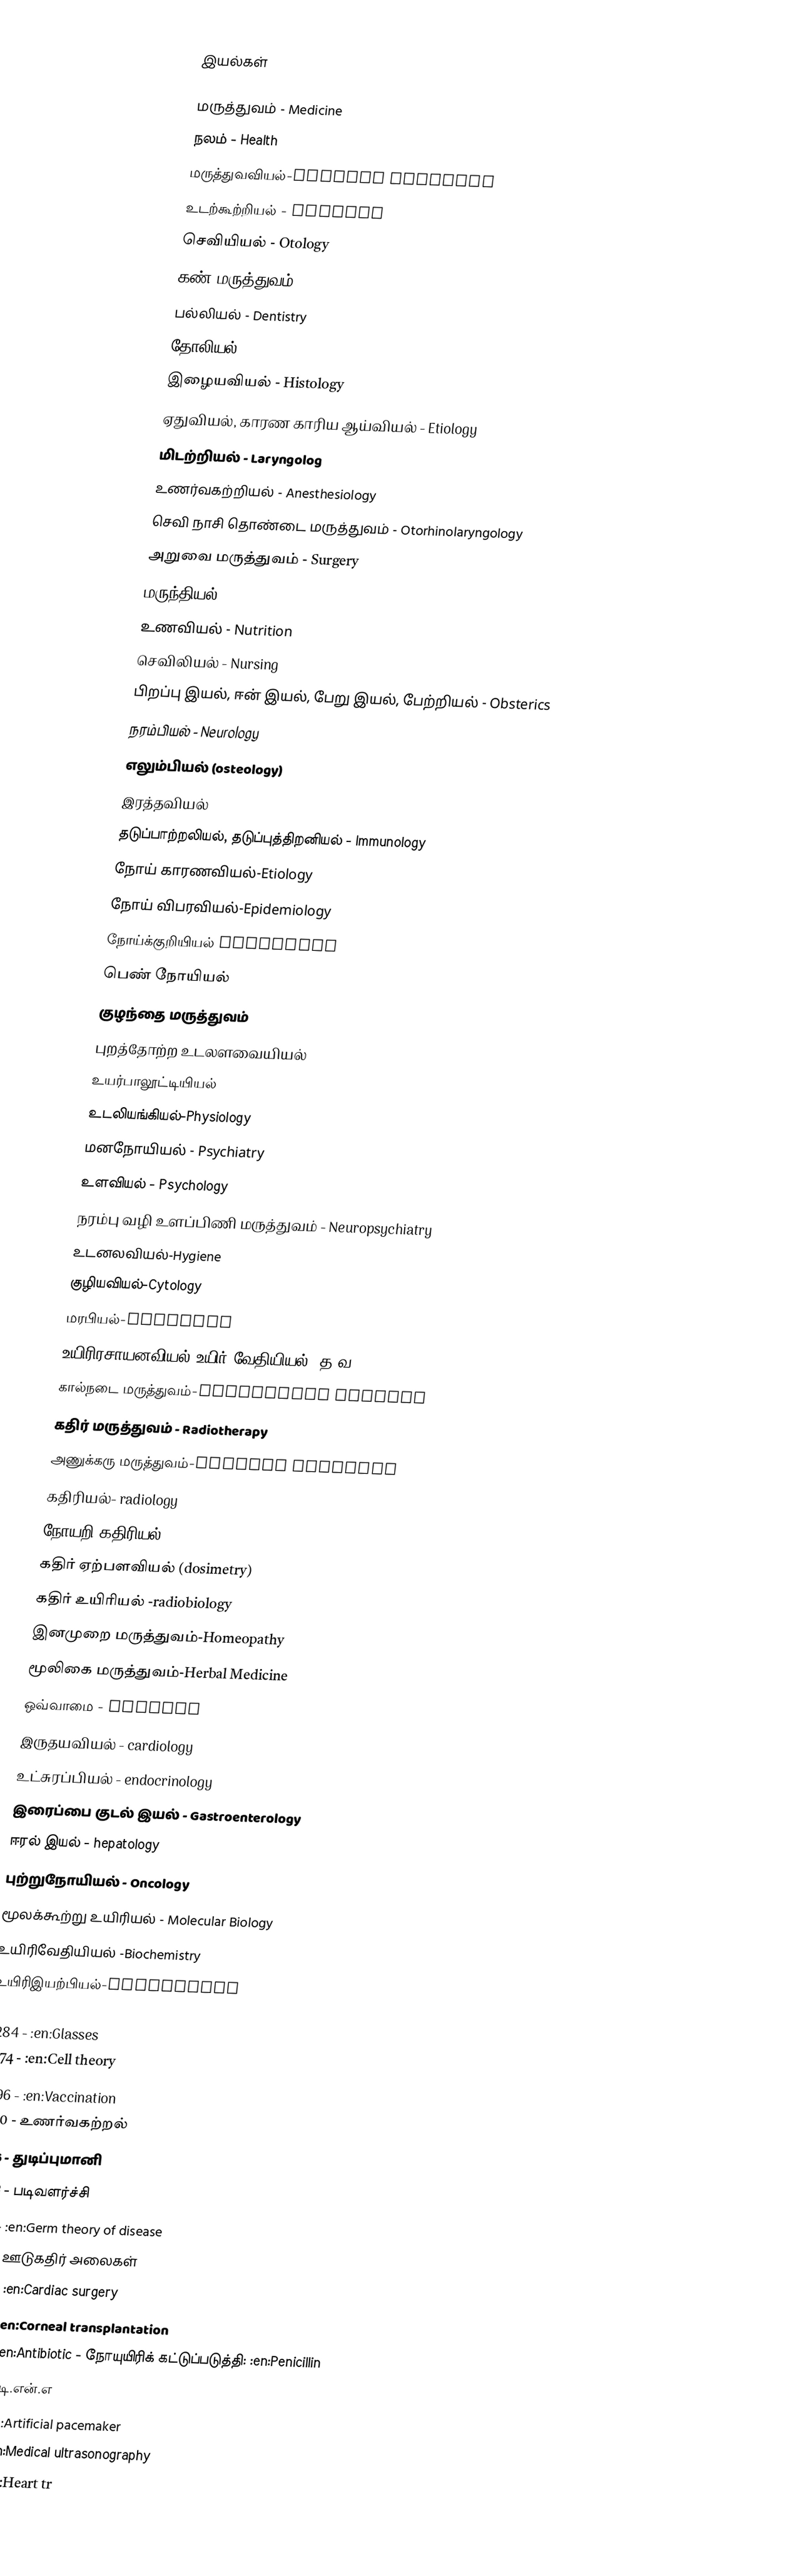

இயல்கள்

மருத்துவம் - Medicine
 நலம் - Health
 மருத்துவவியல்-Medical Sciences
 உடற்கூற்றியல் - Anatomy
 செவியியல் - Otology
 கண் மருத்துவம் - Ophthalmology
 பல்லியல் - Dentistry
 தோலியல் - Dermatology
 இழையவியல் - Histology
 ஏதுவியல், காரண காரிய ஆய்வியல் - Etiology
 மிடற்றியல் - Laryngolog
 உணர்வகற்றியல் - Anesthesiology
 செவி நாசி தொண்டை மருத்துவம் - Otorhinolaryngology
 அறுவை மருத்துவம் - Surgery
 மருந்தியல் - Pharmacology
 உணவியல் - Nutrition
 செவிலியல் - Nursing
 பிறப்பு இயல், ஈன் இயல், பேறு இயல், பேற்றியல் - Obsterics
 நரம்பியல் - Neurology
 எலும்பியல் (osteology)
 இரத்தவியல்
 தடுப்பாற்றலியல், தடுப்புத்திறனியல் - Immunology
 நோய் காரணவியல்-Etiology
 நோய் விபரவியல்-Epidemiology
 நோய்க்குறியியல் Pathology
 பெண் நோயியல்
 குழந்தை மருத்துவம்
 புறத்தோற்ற உடலளவையியல்
 உயர்பாலூட்டியியல்
 உடலியங்கியல்-Physiology
 மனநோயியல் - Psychiatry
 உளவியல் - Psychology
 நரம்பு வழி உளப்பிணி மருத்துவம் - Neuropsychiatry
 உடனலவியல்-Hygiene
 குழியவியல்-Cytology
 மரபியல்-Genetics
 உயிரிரசாயனவியல்/உயிர் வேதியியல் (த.வ)-Biochemistry
 கால்நடை மருத்துவம்-Veterinary Science
கதிர் மருத்துவம் - Radiotherapy
அணுக்கரு மருத்துவம்-nuclear medicine
கதிரியல்- radiology
நோயறி கதிரியல் (diagnostic radiology )
கதிர் ஏற்பளவியல் (dosimetry)
கதிர் உயிரியல் -radiobiology
இனமுறை மருத்துவம்-Homeopathy
மூலிகை மருத்துவம்-Herbal Medicine
ஒவ்வாமை - allergy
இருதயவியல் - cardiology
உட்சுரப்பியல் - endocrinology
இரைப்பை குடல் இயல் - Gastroenterology
ஈரல் இயல் - hepatology
புற்றுநோயியல் - Oncology
மூலக்கூற்று உயிரியல் - Molecular Biology
உயிரிவேதியியல் -Biochemistry
உயிரிஇயற்பியல்-Biophysics

 1284 - :en:Glasses
 1674 - :en:Cell theory
 1796 - :en:Vaccination
 1800 - உணர்வகற்றல்
 1816 - துடிப்புமானி
 1858 - படிவளர்ச்சி
 1870 - :en:Germ theory of disease
 1895 - ஊடுகதிர் அலைகள்
 1896 - :en:Cardiac surgery
 1905 - :en:Corneal transplantation
 1928 - :en:Antibiotic - நோயுயிரிக் கட்டுப்படுத்தி: :en:Penicillin
 1953 - டி.என்.எ
 1957 - :en:Artificial pacemaker
 1958 - :en:Medical ultrasonography
 1967 - :en:Heart tr